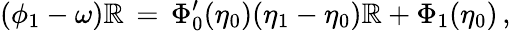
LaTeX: (\phi_{1}-\omega)\mathbb{R}\, =\, \Phi_{0}^{\prime}(\eta_{0})(\eta_{1}-\eta_{0})\mathbb{R}+\Phi_{1}(\eta_{0})\, ,